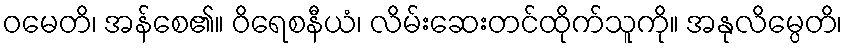
ဝမေတိ၊ အန်စေ၏။ ဝိရေစနီယံ၊ လိမ်းဆေးတင်ထိုက်သူကို။ အနုလိမ္ပေတိ၊